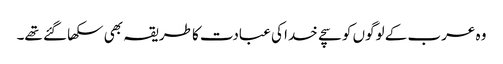
وہ عرب کے لوگوں کو سچے خدا کی عبادت کا طریقہ بھی سکھا گئے تھے۔